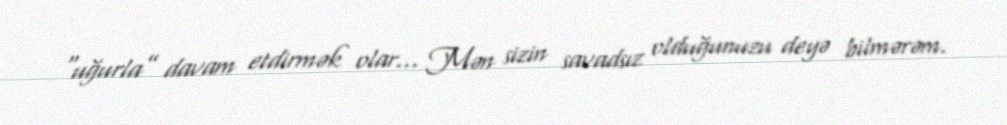
“uğurla” davam etdirmək olar... Mən sizin savadsız olduğunuzu deyə bilmərəm.